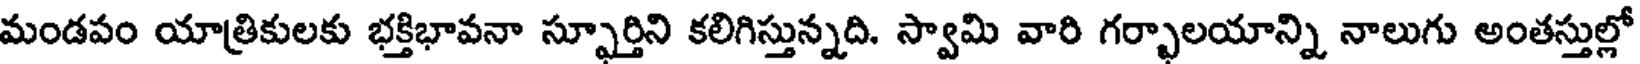
మండపం యాత్రికులకు భక్తిభావనా స్ఫూర్తిని కలిగిస్తున్నది. స్వామి వారి గర్భాలయాన్ని నాలుగు అంతస్తుల్లో